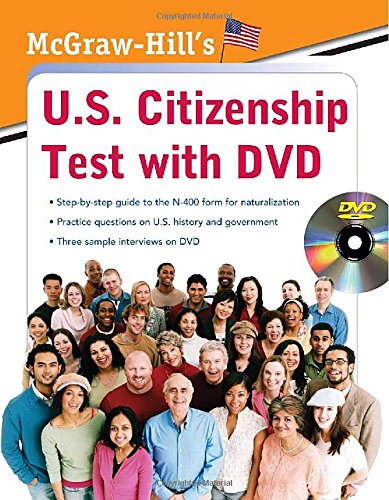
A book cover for McGraw-Hill's U.S. Citizenship Test with DVD; Karen Hilgeman; Test Preparation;